Leaving Certificate Examination (including Day School Certificate (Higher) General paper), 1938
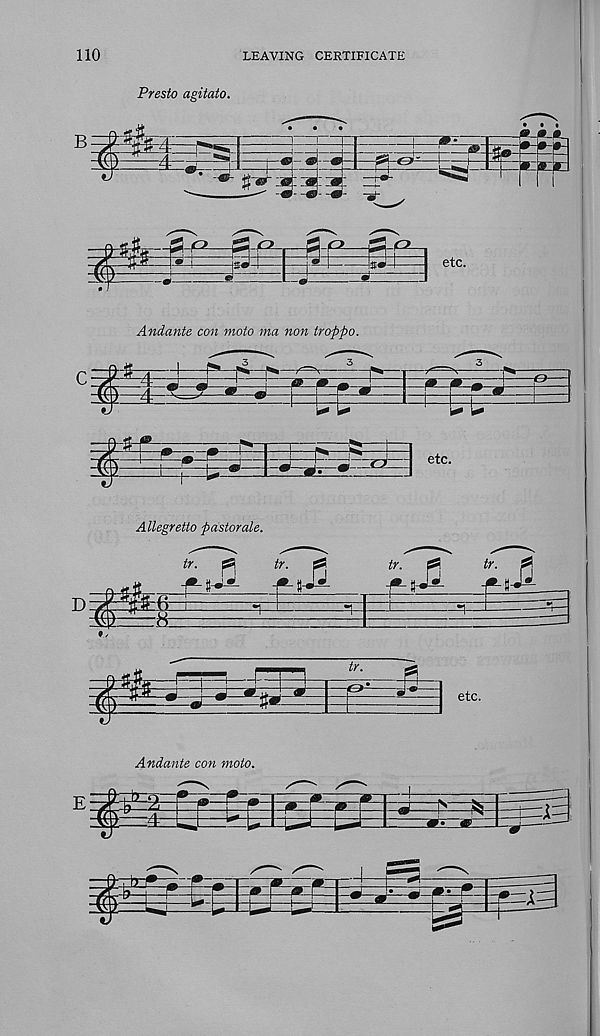
110
LEAVING CERTIFICATE
Presto agitato.
Andante con moto ma non tropfio.
Allegretto pastorale.